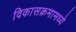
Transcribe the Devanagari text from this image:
विकासक्रमामध्ये